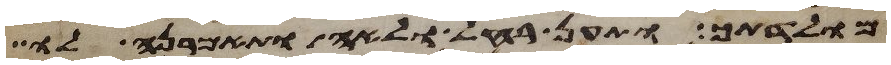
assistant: מולדתך ותען רחל ולאה ותאמרנה לו